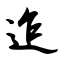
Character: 迮